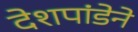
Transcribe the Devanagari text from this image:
देशपांडेने